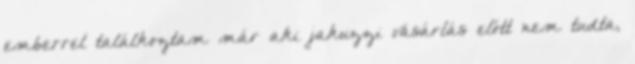
emberrel találkoztam már aki jakuzzi vásárlás előtt nem tudta,